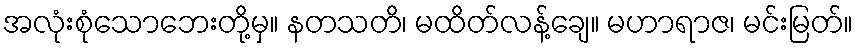
အလုံးစုံသောဘေးတို့မှ။ နတသတိ၊ မထိတ်လန့်ချေ။ မဟာရာဇ၊ မင်းမြတ်။